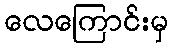
လေကြောင်းမှ